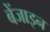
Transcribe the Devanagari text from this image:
बेंजाइन